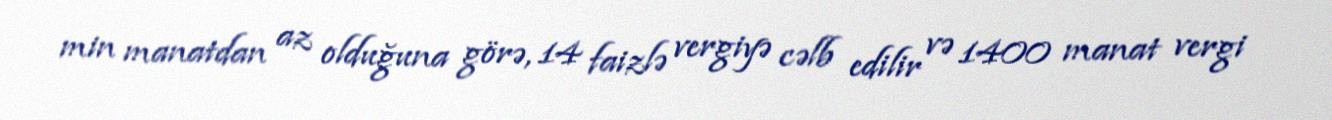
min manatdan az olduğuna görə, 14 faizlə vergiyə cəlb edilir və 1400 manat vergi